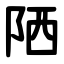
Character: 䧈